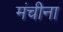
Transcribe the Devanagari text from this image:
मंचीना